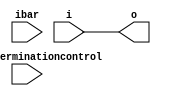
//
// INPUT BUFFER
//
module cyclonev_io_ibuf (
   i,
   o,
   dynamicterminationcontrol,
   ibar
);
parameter    bus_hold          = "false";
parameter    differential_mode = "false";
parameter    lpm_type          = "cyclonev_io_ibuf";

input        i;
output       o;
input        dynamicterminationcontrol;
input        ibar;

assign o = i;

endmodule


//
// OUTPUT BUFFER
//
module cyclonev_io_obuf (
   i,
   o,
   obar,
   oe,
   dynamicterminationcontrol,
   parallelterminationcontrol,
   seriesterminationcontrol,
   devoe
);

parameter    bus_hold          = "false";
parameter    open_drain_output = "false";
parameter    lpm_type          = "cyclonev_io_obuf";

input        i;
output       o;
output       obar;
input        oe;
input        dynamicterminationcontrol;
input [15:0] parallelterminationcontrol;
input [15:0] seriesterminationcontrol;
input        devoe;

assign o    = oe ?  i : 1'bz;
assign obar = oe ? ~i : 1'bz;

endmodule